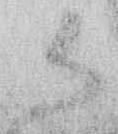
御